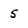
Character: 5